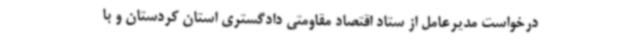
درخواست مدیرعامل از ستاد اقتصاد مقاومتی دادگستری استان کردستان و با